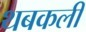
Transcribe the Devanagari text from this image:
थबकली